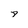
Character: P